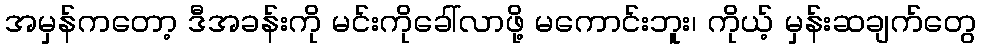
အမှန်ကတော့ ဒီအခန်းကို မင်းကိုခေါ်လာဖို့ မကောင်းဘူး၊ ကိုယ့် မှန်းဆချက်တွေ